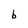
Character: b